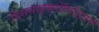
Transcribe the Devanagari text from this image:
डिससाइक्लोपिडियन